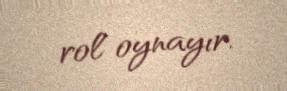
rol oynayır.